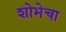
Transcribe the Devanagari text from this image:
शोभेचा